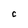
Character: C